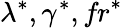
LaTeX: \lambda^{*},\gamma^{*},\textit{fr}^{*}